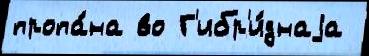
пропа́на во Г'ибр'и́днаjа